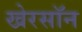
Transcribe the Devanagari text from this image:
खेरसॉन